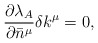
\begin{align*}{}\frac{\partial \lambda_A}{\partial \bar{n}^\mu} \delta k^\mu = 0,\end{align*}